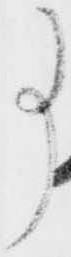
事